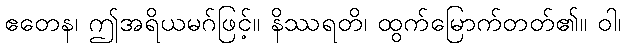
ဧတေန၊ ဤအရိယမဂ်ဖြင့်။ နိဿရတိ၊ ထွက်မြောက်တတ်၏။ ဝါ၊